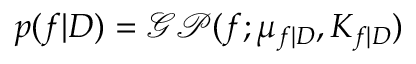
p ( f | D ) = \mathcal { G P } ( f ; \mu _ { f | D } , K _ { f | D } )